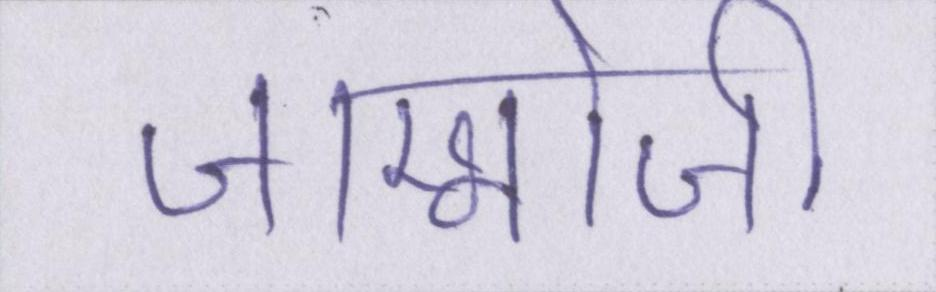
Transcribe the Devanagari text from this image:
जाम्भोजी